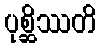
ပုစ္ဆိဿတိ